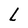
Character: L